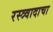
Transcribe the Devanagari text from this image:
रस्त्र्वादाचा